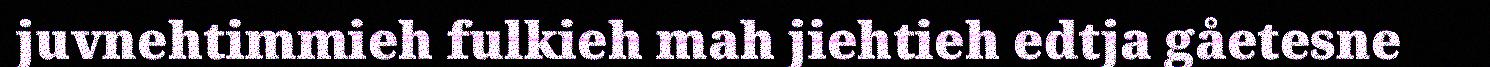
juvnehtimmieh fulkieh mah jiehtieh edtja gåetesne